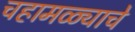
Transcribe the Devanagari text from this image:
चहामळ्याचे